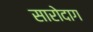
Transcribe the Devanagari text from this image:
सारोदाग